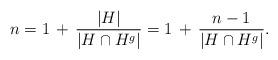
LaTeX: \begin{align*}n = 1 \,+\, \frac{|H|}{|H \cap H^g|} = 1 \,+\, \frac{n-1}{|H \cap H^g|}.\end{align*}